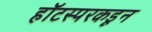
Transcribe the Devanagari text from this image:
हॉटस्परकडून